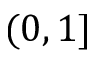
( 0 , 1 ]